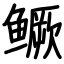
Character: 鳜